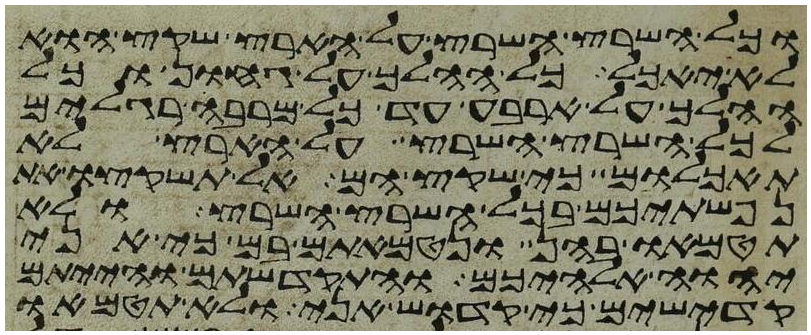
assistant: וכל השרץ השרץ על הארץ שקץ הוא
לא יאכל כל ההלך על גחון וכל
ההלך על ארבע עד כל מרבה רגלים
לכל השרץ השרץ על הארץ לא
תאכלום כי שקץ הם אל תשקצו את
נפשתיכם בכל השרץ השרץ ולא
תטמאו בהם ונטמאתם בם כי אני
יהוה אלהיכם והתקדשתם והייתם
קדישים כי קדוש אני ולא תטמאו